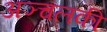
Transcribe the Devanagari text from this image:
अञ्चलकी